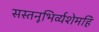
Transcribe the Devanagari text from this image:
सस्तनूभिर्व्यशेमहि